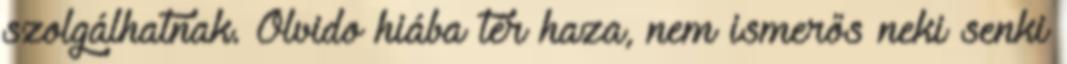
szolgálhatnak. Olvido hiába tér haza, nem ismerős neki senki